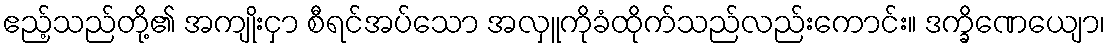
ဧည့်သည်တို့၏ အကျိုးငှာ စီရင်အပ်သော အလှူကိုခံထိုက်သည်လည်းကောင်း။ ဒက္ခိဏေယျော၊